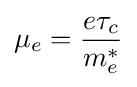
\mu _{e}={\frac {e\tau _{c}}{m_{e}^{*}}}